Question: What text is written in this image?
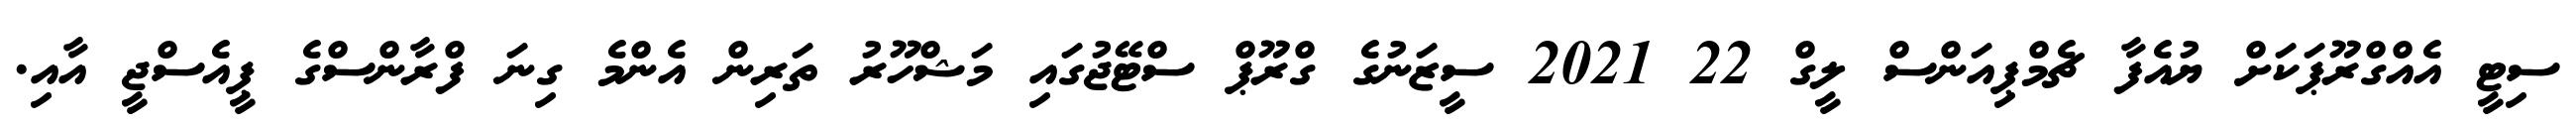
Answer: ސިޓީ އެއްގްރޫޕަކަށް ޔުއެފާ ޗެމްޕިއަންސް ލީގް 22 2021 ސީޒަނުގެ ގްރޫޕް ސްޓޭޖުގައި މަޝްހޫރު ތަރިން އެންމެ ގިނަ ފްރާންސްގެ ޕީއެސްޖީ އާއި.